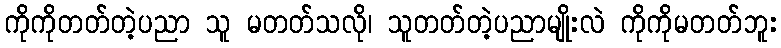
ကိုကိုတတ်တဲ့ပညာ သူ မတတ်သလို၊ သူတတ်တဲ့ပညာမျိုးလဲ ကိုကိုမတတ်ဘူး